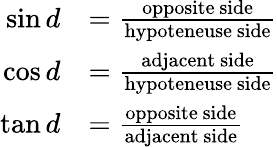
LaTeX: \begin{array}{rl}{\sin d}&{=\frac{\mathrm{opposite~side}}{\mathrm{hypoteneuse~side}}}\\ {\cos d}&{=\frac{\mathrm{adjacent~side}}{\mathrm{hypoteneuse~side}}}\\ {\tan d}&{=\frac{\mathrm{opposite~side}}{\mathrm{adjacent~side}}}\end{array}